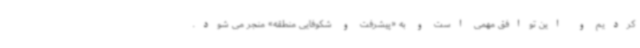
کردیم و این توافق مهمی است و به «پیشرفت و شکوفایی منطقه» منجر می شود.